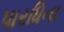
પારધિના